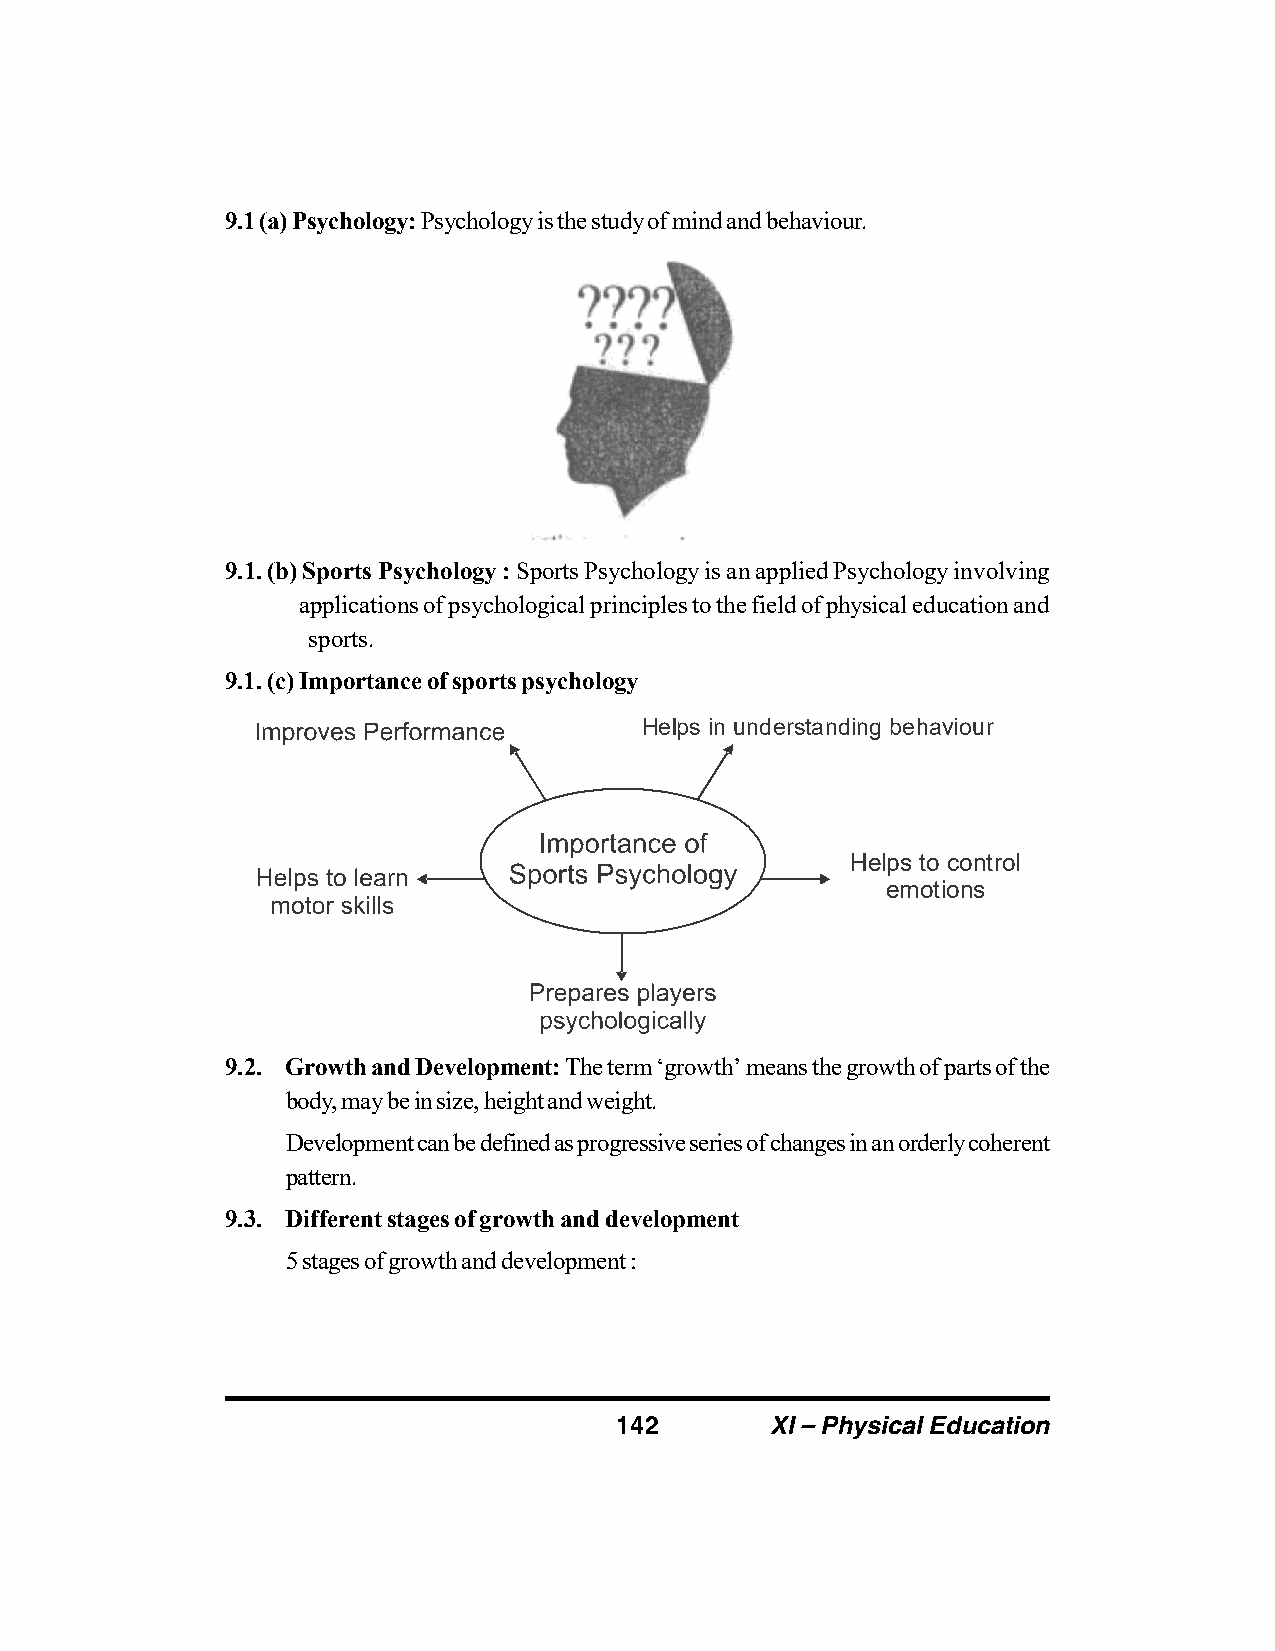
9.1 (a) Psychology: Psychology is the study of mind and behaviour.
 9.1. (b) Sports Psychology : Sports Psychology is an applied Psychology involving
 applications of psychological principles to the field of physical education and
 sports.
 9.1. (c) Importance of sports psychology
 Helps in understanding behaviour
 Helps to control
 emotions
 9.2. Growth and Development: The term ‘growth’ means the growth of parts of the
 body, may be in size, height and weight.
 Development can be defined as progressive series of changes in an orderly coherent
 pattern.
 9.3. Different stages of growth and development
 5 stages of growth and development :
 142       XI – Physical Education